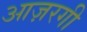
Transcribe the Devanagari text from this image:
आज़रगी